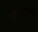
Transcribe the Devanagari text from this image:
गुरुमंत्राने